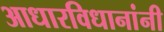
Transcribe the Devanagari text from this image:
आधारविधानांनी